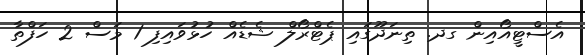
އެސްޓީއޯއިން ގދ. ތިނަދޫގައި ޕެޓްރޯލް ޝެޑެއް ހުޅުވައިފި 1 މަސް 2 ހަފްތާ